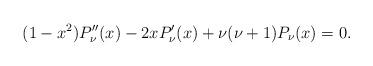
LaTeX: \begin{align*}(1-x^2)P_\nu''(x)-2xP_\nu'(x)+\nu(\nu+1)P_\nu(x)=0.\end{align*}